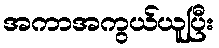
အကာအကွယ်ယူပြီး